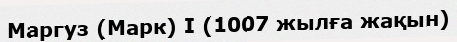
Маргуз (Марк) I (1007 жылға жақын)